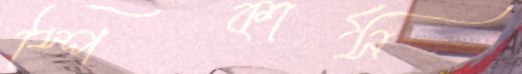
স্পিকার্স